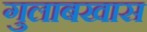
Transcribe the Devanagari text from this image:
गुलाबखास